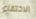
الاختفاء